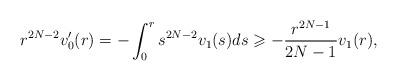
LaTeX: \begin{align*}r^{2N-2} v_0' (r) = -\int_0^r s^{2N-2} v_1(s) ds \geqslant -\frac{r^{2N-1}}{2N-1} v_1 (r),\end{align*}